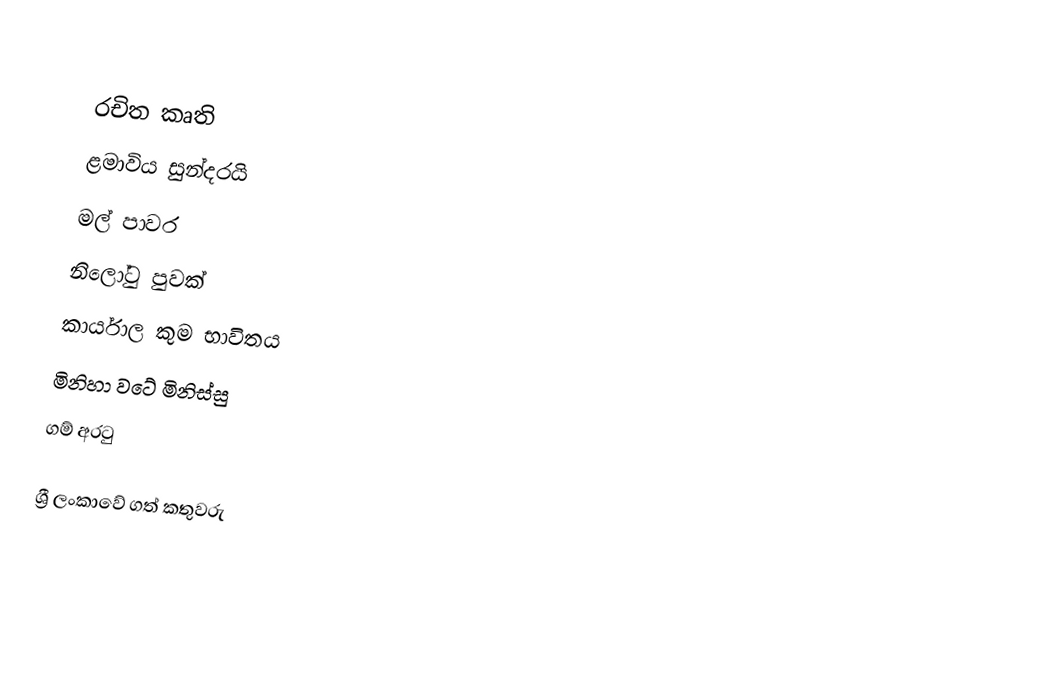

රචිත කෘති
 ළමාවිය සුන්දරයි
 මල් පාවර
 නිලෝටු පුවක්
 කාර්යාල කුම භාවිතය
 මිනිහා වටේ මිනිස්සු
 ගම් අරටු

ශ්‍රී ලංකාවේ ගත් කතුවරු